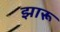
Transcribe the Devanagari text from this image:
झारू